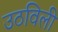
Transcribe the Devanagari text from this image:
उठविली